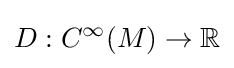
D:{C^{\infty }}(M)\to \mathbb {R}